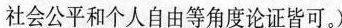
社会公平和个人自由等角度论证皆可。)